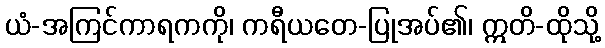
ယံ-အကြင်ကာရကကို၊ ကရီယတေ-ပြုအပ်၏၊ ဣတိ-ထိုသို့